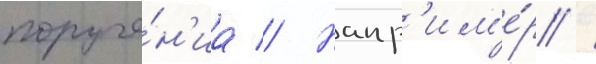
поруче́н'иа // Напр'им'е́р /